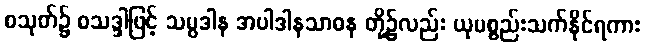
စသုတ်၌ စသဒ္ဒါဖြင့် သမ္ပဒါန အပါဒါနသာဓန တို့၌လည်း ယုပစ္စည်းသက်နိုင်ရကား